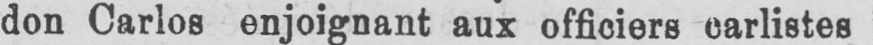
don Carlos enjoignant aux officiers carlistes